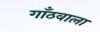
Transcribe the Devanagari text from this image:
गाँठवाला